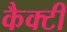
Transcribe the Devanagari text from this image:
कैक्टी